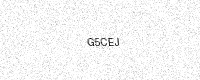
Text: G5CEJ